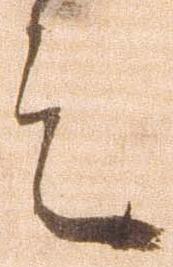
言